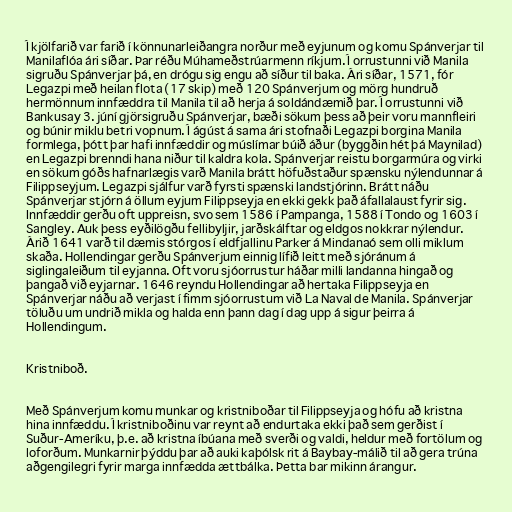
Í kjölfarið var farið í könnunarleiðangra norður með eyjunum og komu Spánverjar til
Manilaflóa ári síðar. Þar réðu Múhameðstrúarmenn ríkjum. Í orrustunni við Manila
sigruðu Spánverjar þá, en drógu sig engu að síður til baka. Ári síðar, 1571, fór
Legazpi með heilan flota (17 skip) með 120 Spánverjum og mörg hundruð
hermönnum innfæddra til Manila til að herja á soldándæmið þar. Í orrustunni við
Bankusay 3. júní gjörsigruðu Spánverjar, bæði sökum þess að þeir voru mannfleiri
og búnir miklu betri vopnum. Í ágúst á sama ári stofnaði Legazpi borgina Manila
formlega, þótt þar hafi innfæddir og múslímar búið áður (byggðin hét þá Maynilad)
en Legazpi brenndi hana niður til kaldra kola. Spánverjar reistu borgarmúra og virki
en sökum góðs hafnarlægis varð Manila brátt höfuðstaður spænsku nýlendunnar á
Filippseyjum. Legazpi sjálfur varð fyrsti spænski landstjórinn. Brátt náðu
Spánverjar stjórn á öllum eyjum Filippseyja en ekki gekk það áfallalaust fyrir sig.
Innfæddir gerðu oft uppreisn, svo sem 1586 í Pampanga, 1588 í Tondo og 1603 í
Sangley. Auk þess eyðilögðu fellibyljir, jarðskálftar og eldgos nokkrar nýlendur.
Árið 1641 varð til dæmis stórgos í eldfjallinu Parker á Mindanaó sem olli miklum
skaða. Hollendingar gerðu Spánverjum einnig lífið leitt með sjóránum á
siglingaleiðum til eyjanna. Oft voru sjóorrustur háðar milli landanna hingað og
þangað við eyjarnar. 1646 reyndu Hollendingar að hertaka Filippseyja en
Spánverjar náðu að verjast í fimm sjóorrustum við La Naval de Manila. Spánverjar
töluðu um undrið mikla og halda enn þann dag í dag upp á sigur þeirra á
Hollendingum.

Kristniboð.

Með Spánverjum komu munkar og kristniboðar til Filippseyja og hófu að kristna
hina innfæddu. Í kristniboðinu var reynt að endurtaka ekki það sem gerðist í
Suður-Ameríku, þ.e. að kristna íbúana með sverði og valdi, heldur með fortölum og
loforðum. Munkarnir þýddu þar að auki kaþólsk rit á Baybay-málið til að gera trúna
aðgengilegri fyrir marga innfædda ættbálka. Þetta bar mikinn árangur.